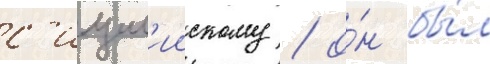
с'ицил'иискому / о́н бы́л